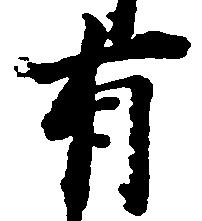
有